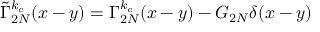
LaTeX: \tilde { \Gamma } _ { 2 N } ^ { k _ { c } } ( x - y ) = \Gamma _ { 2 N } ^ { k _ { c } } ( x - y ) - G _ { 2 N } \delta ( x - y )